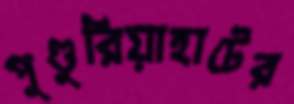
পুণ্ডুরিয়াহাটের